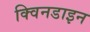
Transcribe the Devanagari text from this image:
क्विनडाइन